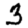
Digit: 3